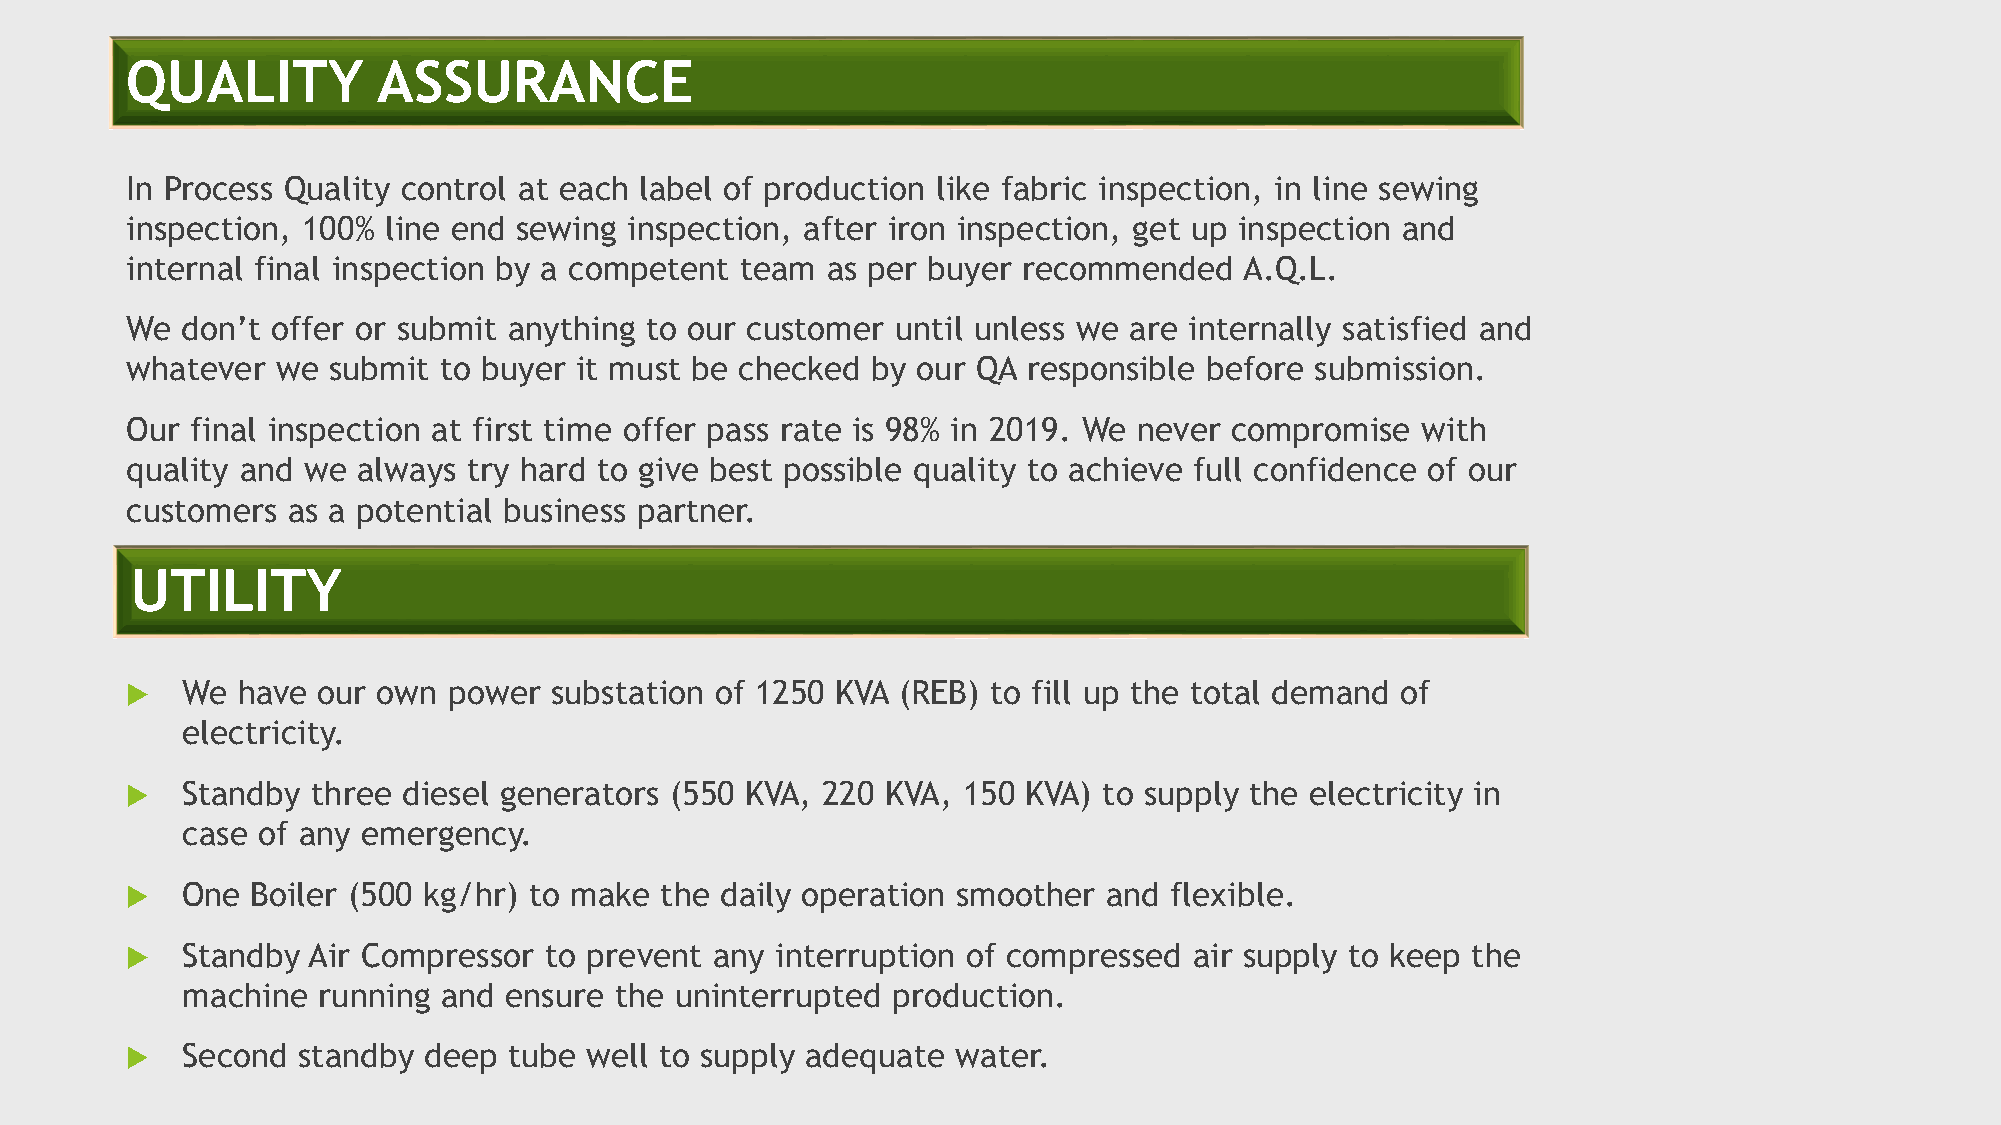
QUALITY          ASSURANCE
 In Process Quality control at each label of production like fabric inspection, in line sewing
 inspection, 100% line end sewing  inspection, after iron inspection, get up inspection and
 internal final inspection by a competent team  as per buyer recommended   A.Q.L.
 We  don’t offer or submit anything to our customer until unless we are internally satisfied and
 whatever  we  submit to buyer it must be checked  by our QA responsible before submission.
 Our  final inspection at first time offer pass rate is 98% in 2019. We never compromise with
 quality and we  always try hard to give best possible quality to achieve full confidence of our
 customers  as a potential business partner.
 UTILITY
    We  have our own  power substation of 1250 KVA (REB) to fill up the total demand of
 electricity.
    Standby  three diesel generators (550 KVA, 220 KVA, 150 KVA) to supply the electricity in
 case of any emergency.
    One  Boiler (500 kg/hr) to make the daily operation smoother and flexible.
    Standby Air Compressor  to prevent any interruption of compressed  air supply to keep the
 machine  running and ensure  the uninterrupted production.
    Second  standby deep  tube well to supply adequate water.